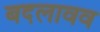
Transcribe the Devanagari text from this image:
बदलावव